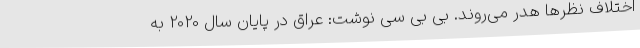
اختلاف نظرها هدر می‌روند. بی بی سی نوشت: عراق در پایان سال 2020 به